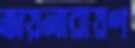
জয়নারায়ণ